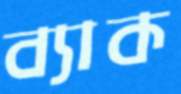
ব্যাক